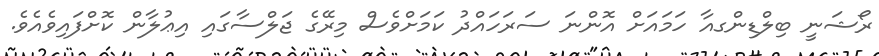
ރޯޝަނީ ބިލްޑިންގއާ ހަމައަށް އޮންނަ ސަރަހައްދު ކަމަށްވެސް މިރޭގެ ޖަލްސާގައި އިޢުލާން ކޮށްފައިވެއެވެ.